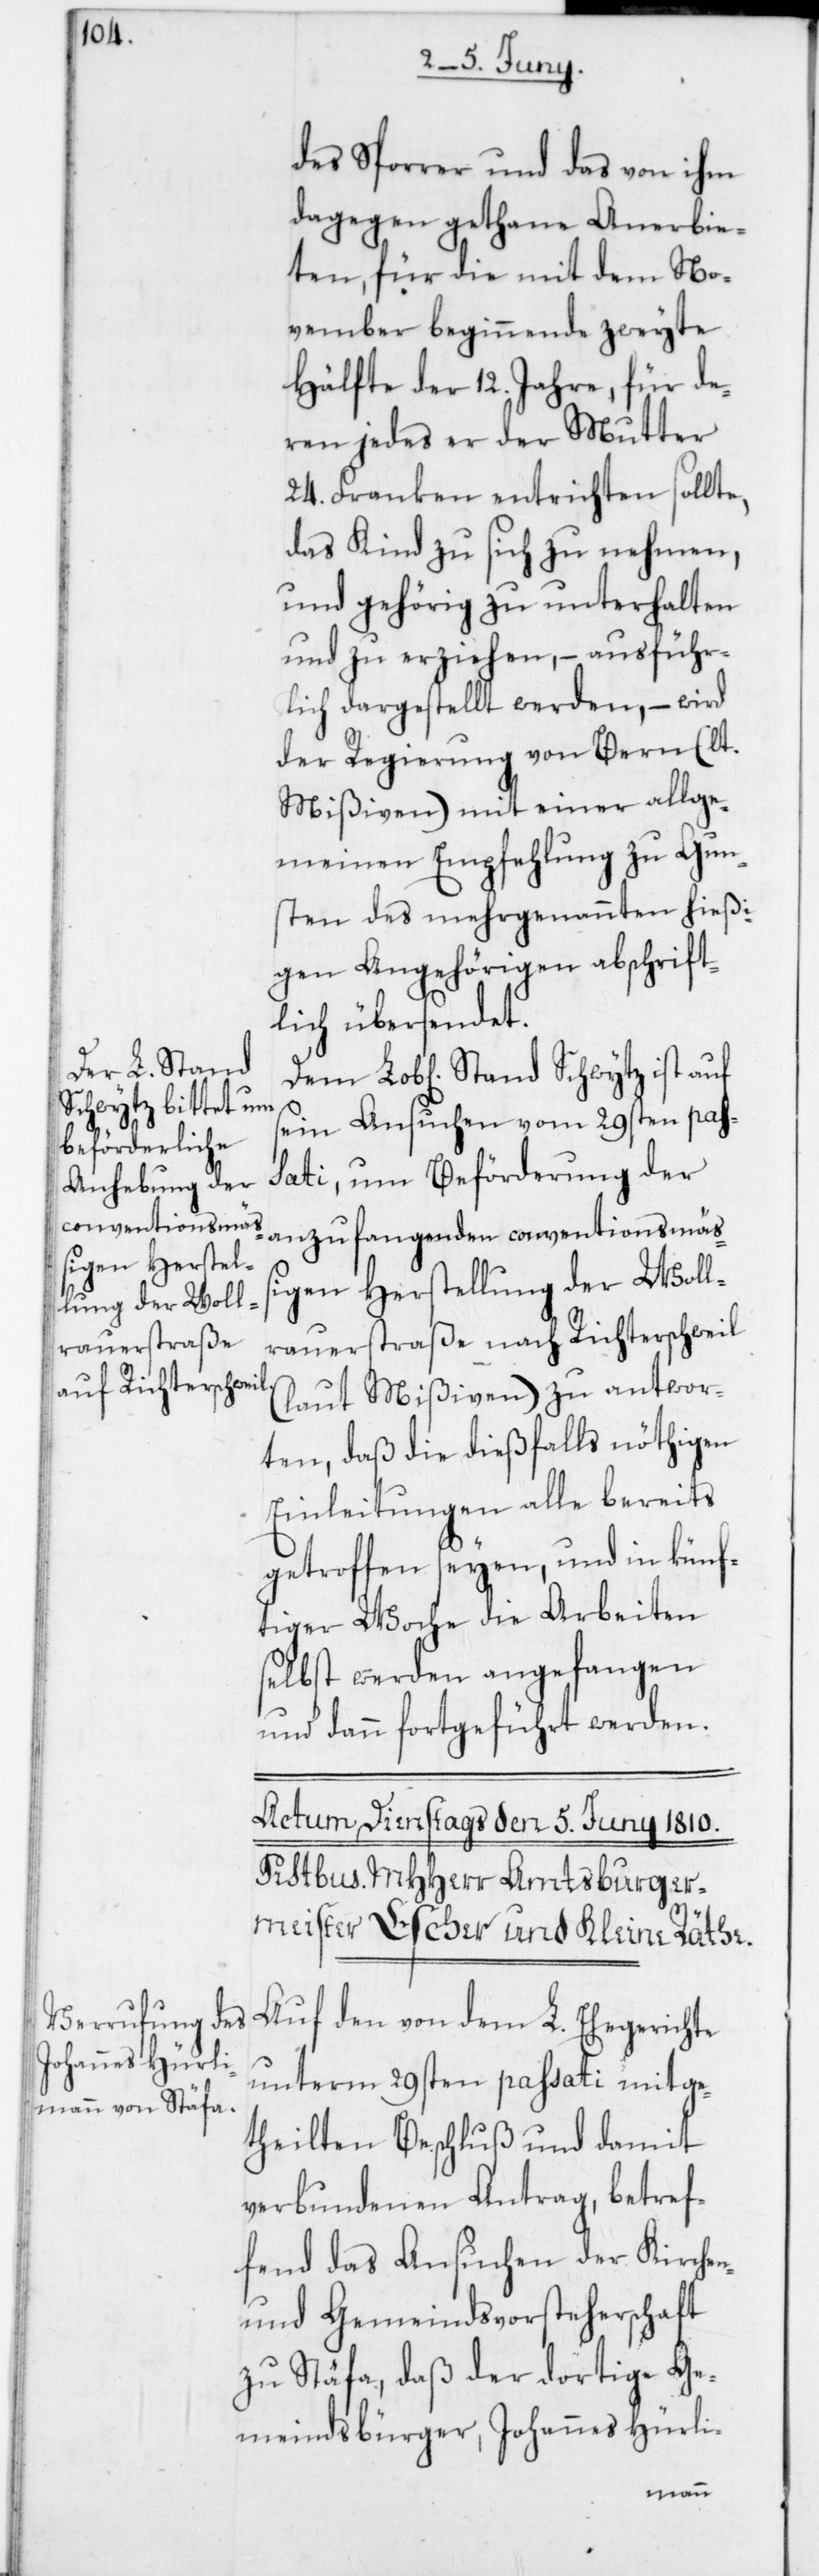
Schwytz ist auf

des Sporrer und das von ihm
dagegen gethane Anerbie¬
ten, für die mit dem No¬
vember beginnende zweyte
Hälfte der 12 Jahre, für de¬
ren jedes er der Mutter
24 Franken entrichten sollte,
das Kind zu sich zu nehmen,
und gehörig zu unterhalten
und zu erziehen, – ausführ¬
lich dargestellt werden, – wird
der Regierung von Bern (laut
Mißiven) mit einer allge¬
meinen Empfehlung zu Gun¬
sten des mehrgenannten hießi¬
gen Angehörigen abschrift¬
lich übersendet.
sein Ansuchen vom 29sten pas¬
sati, um Beförderung der
anzufangenden conventionsmäß¬
igen Herstellung der Wolle¬
rauerstraße nach Richterschweil
(laut Mißiven) zu antwor¬
ten, daß die dießfalls nöthigen
Einleitungen alle bereits
getroffen seyen, und in künf¬
tiger Woche die Arbeiten
selbst werden angefangen
und dann fortgeführt werden.
Auf den von dem L. Ehegerichte
unterm 29sten passati mitge¬
theilten Beschluß und damit
verbundenen Antrag, betref¬
fend das Ansuchen der Kirchen-
und Gemeindsvorsteherschaft
zu Stäfa, daß der dortige Ge¬
meindsbürger, Johannes Hürli-
Stand